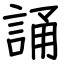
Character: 誦